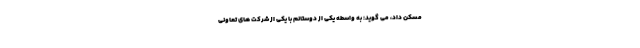
مسکن داد، می گوید: به واسطه یکی از دوستانم با یکی از شرکت های تعاونی